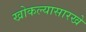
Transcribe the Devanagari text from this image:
खोकल्यासारखे